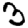
Digit: 3